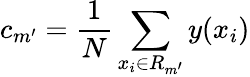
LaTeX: c_{m^{\prime}}=\frac{1}{N}\sum_{x_{i}\in R_{m^{\prime}}}y(x_{i})